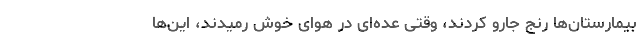
بیمارستان‌ها رنج جارو کردند، وقتی عده‌ای در هوای خوش رمیدند، این‌ها